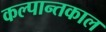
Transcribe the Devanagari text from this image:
कल्पान्तकाल